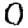
Digit: 0